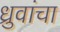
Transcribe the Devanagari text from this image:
ध्रुवांचा